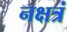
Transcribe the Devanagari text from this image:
नक्षत्रं